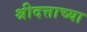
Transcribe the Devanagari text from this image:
श्रीदत्ताच्या